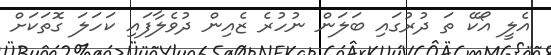
އެލީ އޯކޭ ތަ ދުރުގައި ބަލަން ނުހުރެ ޒެއިން ދުވެލާފައި ކަހަލަ ގޮތަކަށް